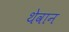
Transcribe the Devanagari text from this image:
थेवान